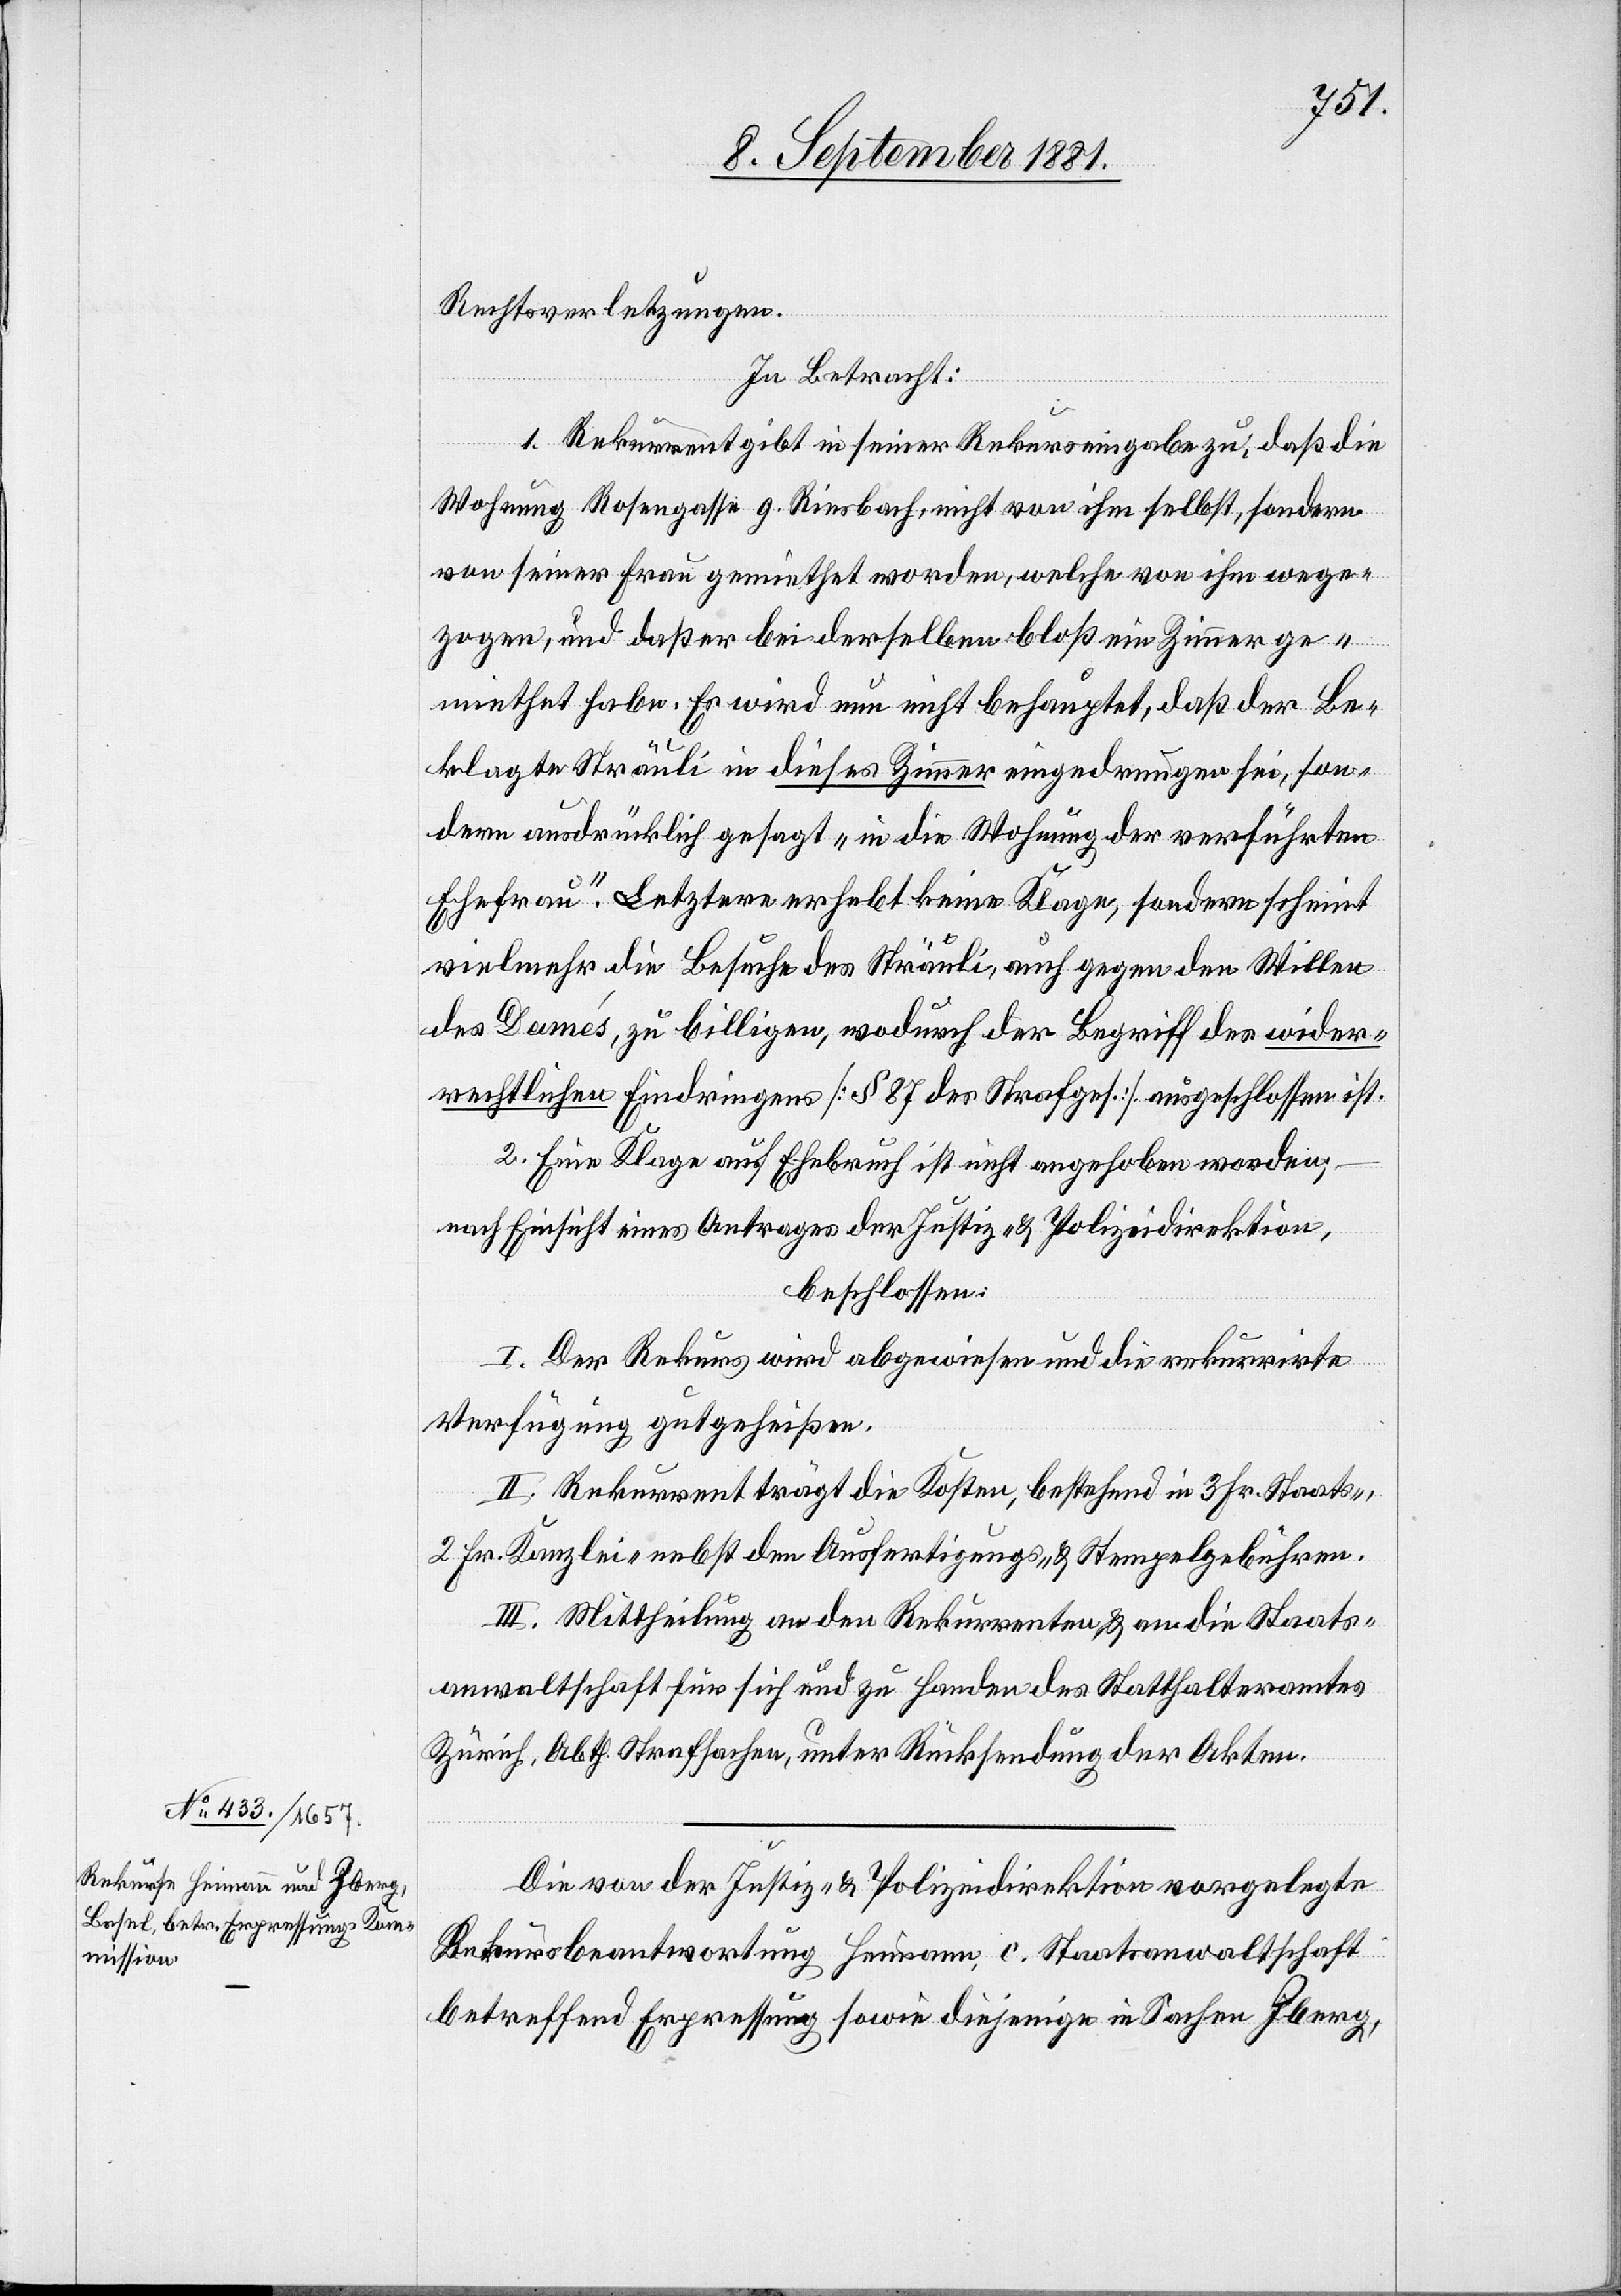
Rechtsverletzungen.
In Betracht:
1. Rekurrent gibt in seiner Rekurseingabe zu, daß die
Wohnung Rosengasse 9[,] Riesbach, nicht von ihm selbst, sondern
von seiner Frau gemiethet worden, welche von ihm wege¬
zogen, und daß er bei derselben bloß ein Zimmer ge¬
miethet habe. Es wird nun nicht behauptet, daß der Be¬
klagte Sträuli in dieses Zimmer eingedrungen sei, son¬
dern ausdrücklich gesagt „in die Wohnung der verführten
Ehefrau“. Letztere erhebt keine Klage, sondern scheint
vielmehr die Besuche des Sträuli, auch gegen den Willen
des Damés, zu billigen, wodurch der Begriff des wider¬
rechtlichen Eindringens [§ 87 des Strafges.] ausgeschlossen ist.
2. Eine Klage auf Ehebruch ist nicht angehoben worden;–
nach Einsicht eines Antrages der Justiz- & Polizeidirektion,
beschlossen:
I. Der Rekurs wird abgewiesen und die rekurrirte
Verfügung gutgeheißen.
II. Rekurrent trägt die Kosten, bestehend in 3. Fr. Staats-,
2. Fr. Kanzlei- nebst den Ausfertigungs- & Stempelgebühren.
III. Mittheilung an den Rekurrenten & an die Staats¬
anwaltschaft für sich und zu Handen des Statthalteramtes
Zürich, Abth. Strafsachen, unter Rücksendung der Akten.
Die von der Justiz- & Polizeidirektion vorgelegte
Rekursbeantwortung Heimann, c. Staatsanwaltschaft
betreffend Erpressung sowie diejenige in Sachen Zberg,